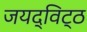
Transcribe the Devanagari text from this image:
जयद्विट्ठ